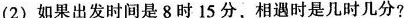
(2)如果出发时间是8时15分，相遇时是几时几分?